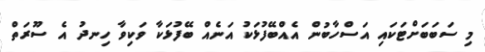
މި ސަބަބަށްޓަކައި އަސްހާބުން އެއްބޭފުޅަކު އަނެއް ބޭފުޅަކާ ވަކިވާ ހިނދު އެ ސޫރަތް